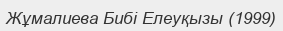
Жұмалиева Бибі Елеуқызы (1999)